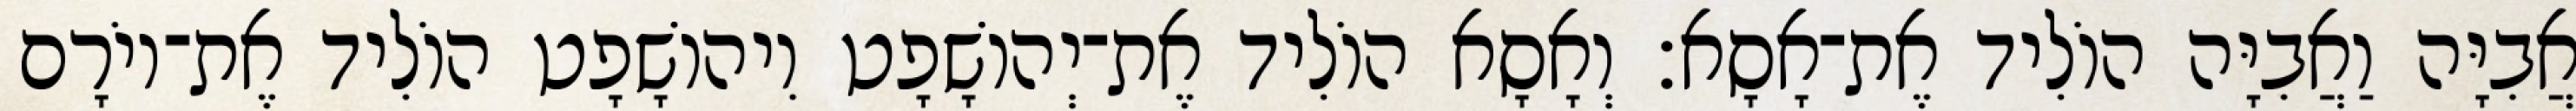
אֲבִיָּה וַאֲבִיָּה הוֹלִיד אֶת־אָסָא׃ וְאָסָא הוֹלִיד אֶת־יְהוֹשָׁפָט וִיהוֹשָׁפָט הוֹלִיד אֶת־יוֹרָם